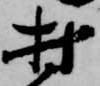
村